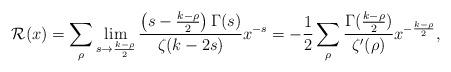
LaTeX: \begin{align*}\mathcal{R}(x)= \sum_{ \rho } \lim_{ s \rightarrow \frac{k-\rho}{2}} \frac{ \left( s- \frac{k-\rho}{2} \right) \Gamma(s) }{\zeta(k-2s) } x^{-s} = -\frac{1}{2} \sum_{ \rho } \frac{\Gamma(\frac{k-\rho}{2})}{\zeta'(\rho)} x^{-\frac{k-\rho}{2}},\end{align*}